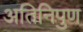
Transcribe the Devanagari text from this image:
अतिनिपुण